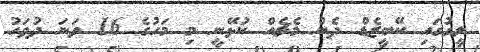
ލީގުގައި ކޭބީޒެޑް ދެން މެޗެއް ކުޅޭނީ މި މަހުގެ 16 ވަނަ ދުވަހު